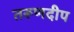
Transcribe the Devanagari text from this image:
तरूणदीप